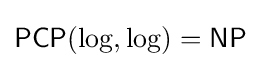
{\mathsf {PCP}}(\log ,\log )={\mathsf {NP}}